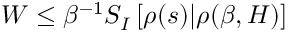
W \le \beta ^ { - 1 } S _ { I } \left[ \rho ( s ) | \rho ( \beta , H ) \right]